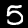
Digit: 5